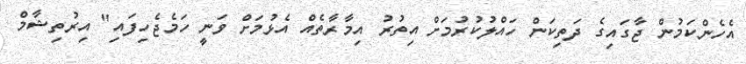
އެހެންކަމުން ޖާގައިގެ ދަތިކަން ހައްލުކުރުމަށް އިތުރު އިމާރާތެއް އެޅުމަށް ވަނީ ހަމެޖެހިފައި" އިރުތިޝާމް